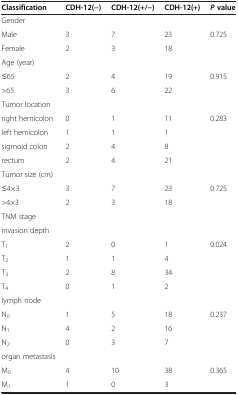
<table><thead><tr><td><b>Classification</b></td><td><b>CDH-12(−)</b></td><td><b>CDH-12(+/−)</b></td><td><b>CDH-12(+)</b></td><td><b><i>P </i>value</b></td></tr></thead><tbody><tr><td>Gender</td><td> </td><td> </td><td> </td><td> </td></tr><tr><td>Male</td><td>3</td><td>7</td><td>23</td><td>0.725</td></tr><tr><td>Female</td><td>2</td><td>3</td><td>18</td><td> </td></tr><tr><td>Age (year)</td><td> </td><td> </td><td> </td><td> </td></tr><tr><td>≤65</td><td>2</td><td>4</td><td>19</td><td>0.915</td></tr><tr><td>&gt;65</td><td>3</td><td>6</td><td>22</td><td> </td></tr><tr><td>Tumor location</td><td> </td><td> </td><td> </td><td> </td></tr><tr><td>right hemicolon</td><td>0</td><td>1</td><td>11</td><td>0.283</td></tr><tr><td>left hemicolon</td><td>1</td><td>1</td><td>1</td><td> </td></tr><tr><td>sigmoid colon</td><td>2</td><td>4</td><td>8</td><td> </td></tr><tr><td>rectum</td><td>2</td><td>4</td><td>21</td><td> </td></tr><tr><td>Tumor size (cm)</td><td> </td><td> </td><td> </td><td> </td></tr><tr><td>≤4×3</td><td>3</td><td>7</td><td>23</td><td>0.725</td></tr><tr><td>&gt;4×3</td><td>2</td><td>3</td><td>18</td><td> </td></tr><tr><td>TNM stage</td><td> </td><td> </td><td> </td><td> </td></tr><tr><td>invasion depth</td><td> </td><td> </td><td> </td><td> </td></tr><tr><td>T<sub>1</sub></td><td>2</td><td>0</td><td>1</td><td>0.024</td></tr><tr><td>T<sub>2</sub></td><td>1</td><td>1</td><td>4</td><td> </td></tr><tr><td>T<sub>3</sub></td><td>2</td><td>8</td><td>34</td><td> </td></tr><tr><td>T<sub>4</sub></td><td>0</td><td>1</td><td>2</td><td> </td></tr><tr><td>lymph node</td><td> </td><td> </td><td> </td><td> </td></tr><tr><td>N<sub>0</sub></td><td>1</td><td>5</td><td>18</td><td>0.237</td></tr><tr><td>N<sub>1</sub></td><td>4</td><td>2</td><td>16</td><td> </td></tr><tr><td>N<sub>2</sub></td><td>0</td><td>3</td><td>7</td><td> </td></tr><tr><td>organ metastasis</td><td> </td><td> </td><td> </td><td> </td></tr><tr><td>M<sub>0</sub></td><td>4</td><td>10</td><td>38</td><td>0.365</td></tr><tr><td>M<sub>1</sub></td><td>1</td><td>0</td><td>3</td><td> </td></tr></tbody></table>